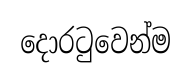
දොරටුවෙන්ම